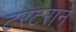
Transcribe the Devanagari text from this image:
टरटराने